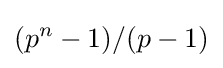
(p^{n}-1)/(p-1)